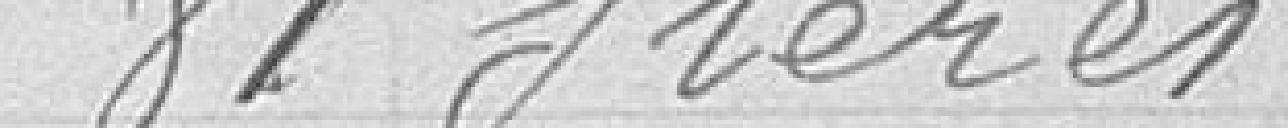
81 stères